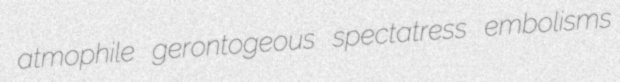
atmophile gerontogeous spectatress embolisms